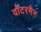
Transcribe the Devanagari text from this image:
वॉटरमैन